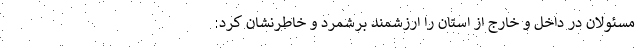
مسئولان در داخل و خارج از استان را ارزشمند برشمرد و خاطرنشان کرد: